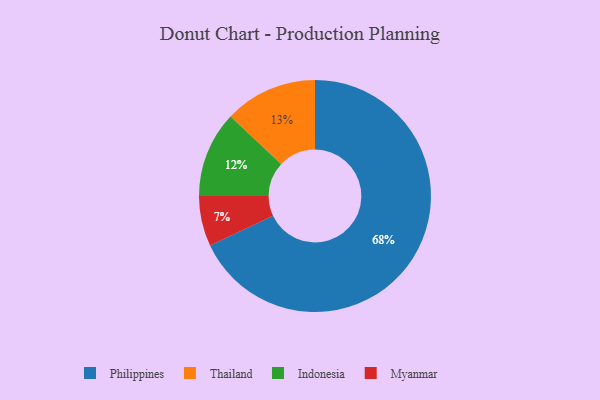
{"axis": {"x": "Category", "y": "Percentage"}, "legend": ["Indonesia", "Myanmar", "Philippines", "Thailand"], "data": [{"x": "Myanmar", "y": 7, "type": "Myanmar"}, {"x": "Indonesia", "y": 12, "type": "Indonesia"}, {"x": "Philippines", "y": 68, "type": "Philippines"}, {"x": "Thailand", "y": 13, "type": "Thailand"}]}